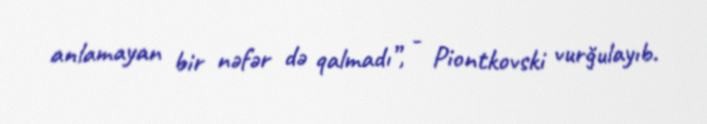
anlamayan bir nəfər də qalmadı”, - Piontkovski vurğulayıb.